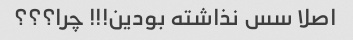
اصلا سس نذاشته بودین!!! چرا؟؟؟